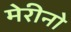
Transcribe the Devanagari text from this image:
मेरीनो